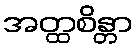
အတ္ထစိန္တာ